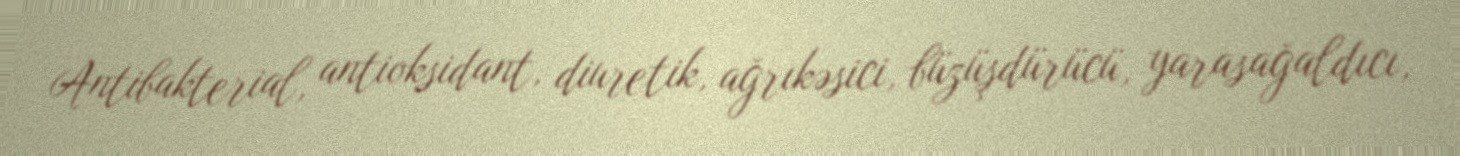
Antibakterial, antioksidant, diuretik, ağrıkəsici, büzüşdürücü, yarasağaldıcı,